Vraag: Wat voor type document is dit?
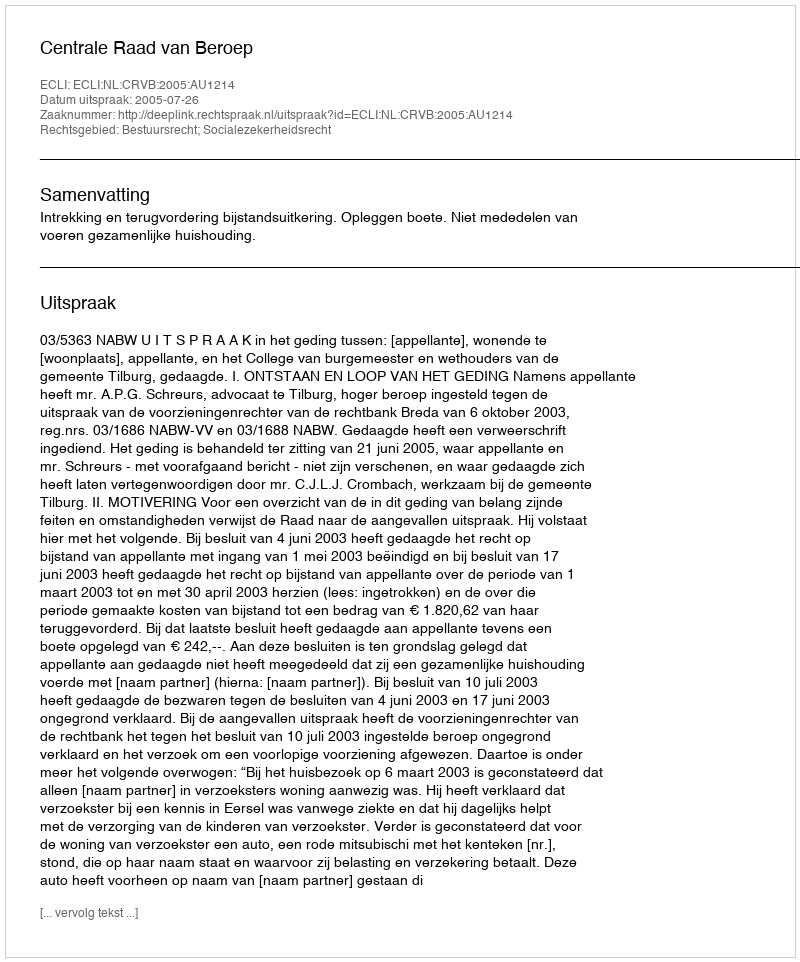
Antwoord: Uitspraak